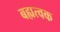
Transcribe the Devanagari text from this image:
बह्यत्वक